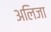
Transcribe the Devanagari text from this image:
अलिजा